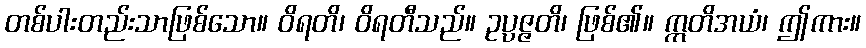
တစ်ပါးတည်းသာဖြစ်သော။ ဝိရတိ၊ ဝိရတီသည်။ ဥပ္ပဇ္ဇတိ၊ ဖြစ်၏။ ဣတိအယံ၊ ဤကား။